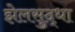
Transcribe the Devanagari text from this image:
झेलसुद्धा